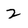
Character: 2